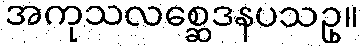
အကုသလစ္ဆေဒနပသဥှ။